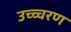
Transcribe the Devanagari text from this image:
उच्च्चरण